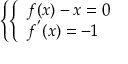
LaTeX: \left\{ \left\{ \begin{array} { l l } { { f ( x ) - x = 0 } } \\ { { f ^ { ' } ( x ) = - 1 } } \end{array} \right. \right.